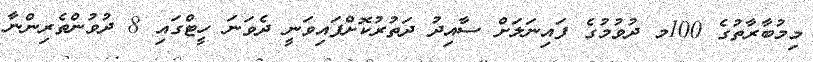
މިމުބާރާތުގެ 100މ ދުވުމުގެ ފައިނަލަށް ސާއިދު ދަތުރުކޮށްފައިވަނީ ދެވަނަ ހީޓްގައި 8 ދުވުންތެރިންނާ